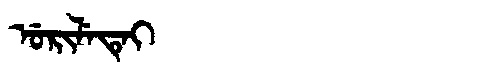
Manchu: ᡠᡵᡳᠯᡝᡨᡝᡳ
Romanization: URILETEI